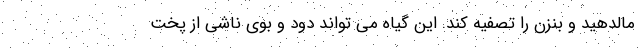
مالدهید و بنزن را تصفیه کند. این گیاه می تواند دود و بوی ناشی از پخت